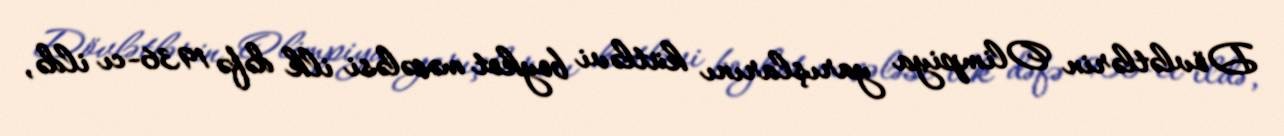
Dövlətlərin Olimpiya yarışlarını kütləvi boykot məsələsi ilk dəfə 1936-cı ildə,